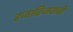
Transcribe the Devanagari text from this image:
हजारिजवाबी